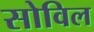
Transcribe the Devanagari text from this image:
सोविल